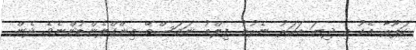
ކަޕޫރާ އެކު މި ދިޔަ އަހަރު ނެރުނު ފިލްމު ނަމަސްތޭ އިންގްލެންޑުންނެވެ. ދެން